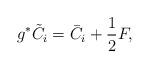
LaTeX: \begin{align*}g^{\ast}\tilde{C}_i=\bar{C}_i+\frac{1}{2}F,\end{align*}